Civil Veterinary Dept. Bombay admin report 1923-31 - 1923-1931
Year: 1923
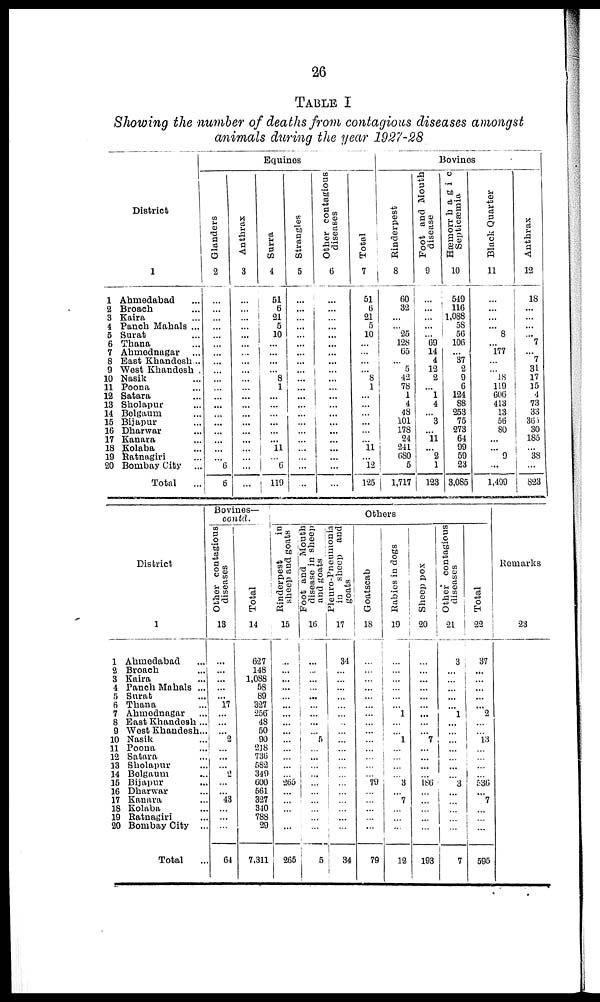
26
TABLE I
Showing the number of deaths from contagious diseases amongst
animals during the year 1927-28
District
1
1 Ahmedabad ...
2 Broach ...
3 Kaira ...
4 Panch Mahals ...
5 Surat ...
6 Thana ...
7 Ahmednagar ...
8 East Khandesh ...
9 West Khandesh .
10 Nasik ...
11 Poona ...
12 Satara ...
13 Sholapur ...
14 Belgaurn ...
15 Bijapur ...
16 Dharwar ...
17 Kanara ...
18 Kolaba ...
19 Ratnagiri ...
20 Bombay City
...
Total ...
Equines
Glanders
2
...
...
...
...
...
...
...
...
...
...
...
...
...
...
...
...
...
...
... 6
6
Anthrax
3
...
...
...
...
...
...
...
...
...
...
...
...
...
...
...
...
...
...
...
...
...
Surra
4
51
6
21
5
10
...
...
...
... 8
1
...
...
...
...
...
...
11
...
6
118
Strangles
5
...
...
...
...
...
...
...
...
... ...
...
...
...
...
...
...
...
...
...
...
Other contagious
diseases
6
...
...
...
...
...
...
...
...
... ...
...
...
...
...
...
...
...
... ...
...
...
Total
7
51
6
21
5
10
...
...
...
... 8 1
...
...
...
...
...
... 11
... l2
125
Bovines
Rinderpest
8
60
32
...
... 25
128
65
... 5
|
42
78
1
4
48
101
178
24
241
180
5
1,717
Foot and Mouth
disease
9
...
...
...
...
... 69
14
4
12
2
... 1
4
... 3
... 11
... 2
1
123
Hæmorrhagic
Septicæmia
10
549
116
1,088
58
56
106
... 37
2
9
6
124
88
253
75
273
64
99
59
23
3,085
Black Quarter
11
...
...
...
... 8
... 177
...
... 18
119
606
413
13
56
80
...
... 9
...
1,499
Anthrax
12
18
...
...
...
... 7
... 7
31
17
15
4
73
33
365
30
185
... 38
...
823
District
1
1 Ahmedabad ...
2 Broach ...
3 Kaira ...
4 Panch Mahals ...
5 Surat ...
6 Thana ...
7 Ahmednagar ...
8 East Khandesh ...
9 West Khandesh..
10 Nasik ...
11 Poona ...
12 Satara ...
13 Sholapur ...
14 Bolgaum ...
15 Bijapur ...
16 Dharwar ...
17 Kanara ...
18 Kolaba ...
19 Ratnagiri ...
20 Bombay City ..
Total ...
Bovines—
contd.
Other contagious
diseases
13
...
...
...
...
... 17
...
...
... 2
...
...
... 2
...
... 43
...
...
...
64
Total
i
14
627
148
1,088
58
89
327
256
48
50
90
218
736
582
349
600
561
327
310
788
29
7,311
Others
Rinderpest
in
sheep and goats
15
...
...
...
...
...
...
...
...
...
...
...
...
...
... 265
...
...
...
...
...
265
Foot and Mouth
disease in sheep
and goats
16
...
...
...
...
...
...
...
...
...
...
...
...
...
...
...
...
...
...
...
...
5
Pleuro-Pneumonia
in sheep and
goats
17
34
...
...
...
...
...
...
...
...
...
...
...
... ...
...
...
...
...
...
...
34
Goatscab
18
...
...
...
...
...
...
...
...
...
...
...
...
...
... 79
...
...
...
...
...
79
Rabies in dogs
19
...
...
...
...
...
... 1
...
... 1
...
...
...
... 3
... 7
...
...
...
12
Sheep pox
20
...
...
...
...
...
...
...
...
... 7
...
...
...
... 186
...
...
...
...
...
193
Other contagious
diseases
21
3
...
...
...
...
... 1
...
...
... ...
... ...
... 3
... ...
...
...
...
7
Total
22
37
...
...
...
...
... 2
...
... 13
...
...
...
... 536
... 7
...
... ...
595
Remarks
23